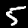
Digit: 5